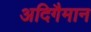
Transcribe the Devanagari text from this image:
अदिगैमान